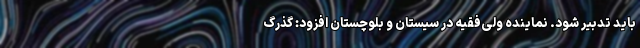
باید تدبیر شود. نماینده ولی‌فقیه در سیستان و بلوچستان افزود: گذرگ